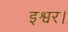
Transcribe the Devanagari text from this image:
इश्वर।